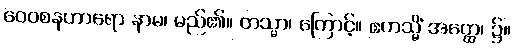
ဝေဝစနဟာရော နာမ၊ မည်၏။ တသ္မာ၊ ကြောင့်။ ဧကသ္မိံ အတ္ထေ၊ ၌။